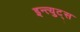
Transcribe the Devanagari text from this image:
इन्त्युट्स